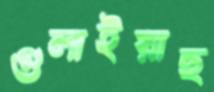
গুলাইয়াছ